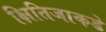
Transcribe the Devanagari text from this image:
क्षितिजाकडे